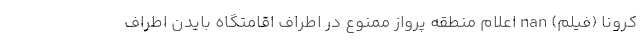
کرونا (فیلم) nan اعلام منطقه پرواز ممنوع در اطراف اقامتگاه بایدن اطراف